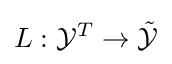
L:{\mathcal {Y}}^{T}\rightarrow {\mathcal {\tilde {Y}}}